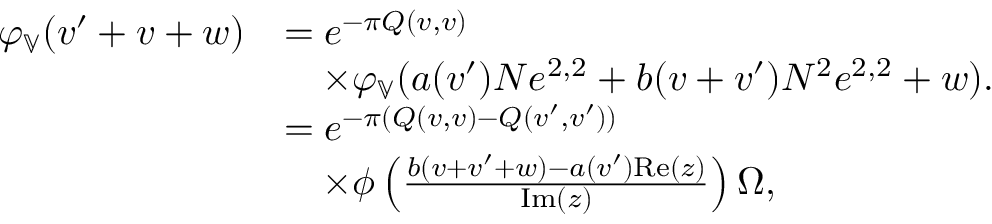
\begin{array} { r l } { \varphi _ { \mathbb { V } } ( v ^ { \prime } + v + w ) } & { = e ^ { - \pi Q ( v , v ) } } \\ & { \quad \times \varphi _ { \mathbb { V } } ( a ( v ^ { \prime } ) N e ^ { 2 , 2 } + b ( v + v ^ { \prime } ) N ^ { 2 } e ^ { 2 , 2 } + w ) . } \\ & { = e ^ { - \pi ( Q ( v , v ) - Q ( v ^ { \prime } , v ^ { \prime } ) ) } } \\ & { \quad \times \phi \left( \frac { b ( v + v ^ { \prime } + w ) - a ( v ^ { \prime } ) \mathrm { R e } ( z ) } { \mathrm { I m } ( z ) } \right) \Omega , } \end{array}